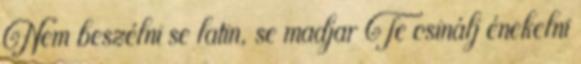
Nem beszélni se latin, se madjar Te csinálj énekelni